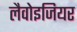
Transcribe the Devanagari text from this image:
लैवोइजियर